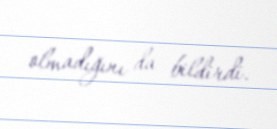
olmadığını da bildirdi.